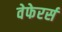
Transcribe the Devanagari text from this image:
वेफेरर्स